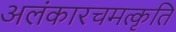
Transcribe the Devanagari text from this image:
अलंकारचमत्कृति